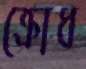
ক্রোধ